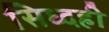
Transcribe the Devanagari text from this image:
सिध्दही